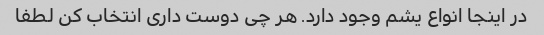
در اینجا انواع یشم وجود دارد. هر چی دوست داری انتخاب کن لطفا